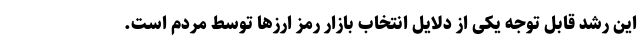
این رشد قابل توجه یکی از دلایل انتخاب بازار رمز ارزها توسط مردم است.